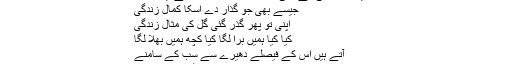
صبیحہ صبا کی آنے والی کتاب،،دل درد آشنا ،، سے ایک غزل
جیسے بھی جو گذار دے اُسکا کمال زندگی
اپنی تو پھر گذر گئی گل کی مثال زندگی
کیا کیا ہمیں برا لگا کیا کچھ ہمیں بھلا لگا
آتے ہیں اس کے فیصلے دھیرے سے سب کے سامنے
پرندے جاتے ہیں پر لوٹ کر نہیں آتے ۔